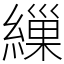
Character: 繅